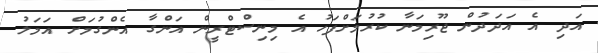
އަދި އެ އަދަދުން ޖޫރިމަނާ ކުރުމަށްފަހު އެ މިނިސްޓްރީން އަންގާ އެންގުމަށް އަމަލު